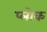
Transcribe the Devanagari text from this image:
प्लोक